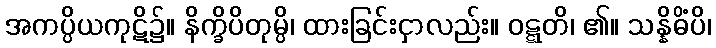
အကပ္ပိယကုဋိ၌။ နိက္ခိပိတုမ္ပိ၊ ထားခြင်းငှာလည်း။ ဝဋ္ဋတိ၊ ၏။ သန္နိဓိံပိ၊